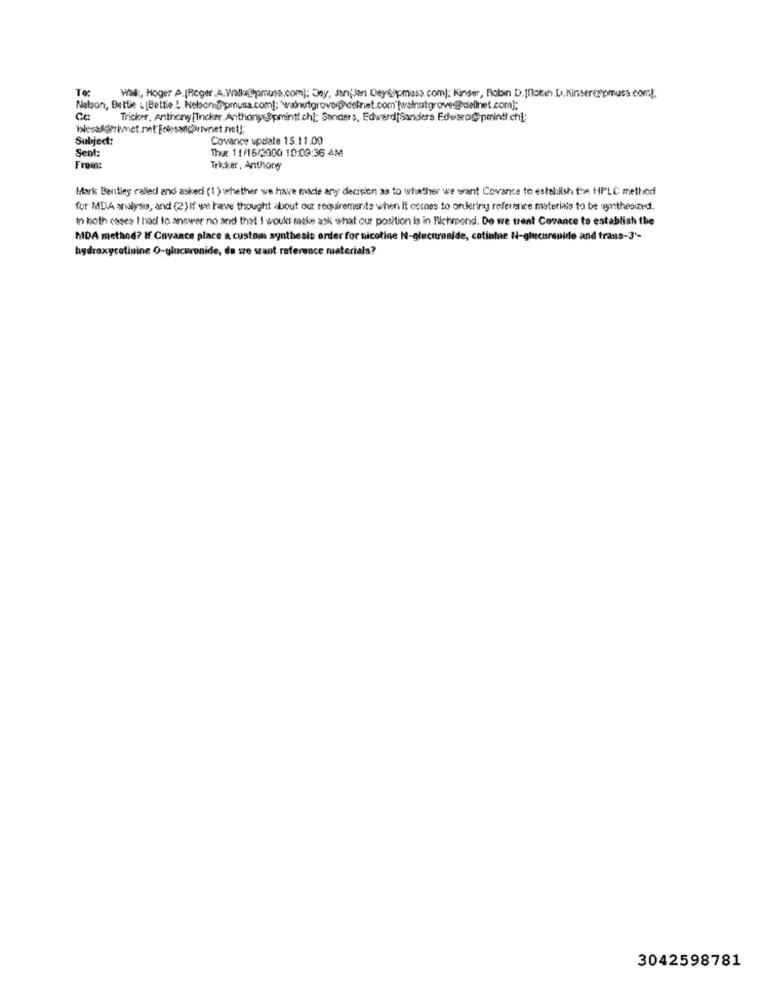
Wak, Hoger A.(Rieger.A.Welke@pmuss.com); Day, Jan(Jan.Deyipmasa.com); Kinser, Robin D.[token.L.Kinseritomuss.com);
Nelson, Bettie LIBettie.L. Nobond@prusa.com]; \walnutgrove@ delnet.com'|walnutgrove@dellnet.com];
Ce
Tricker, Anthony[Tricker Anthonycapmintl ch]; Sanders, Edward(Sanders, Edward@printf.ch];
Subject:
Covance update 15.11.00
Sent:
Thx 11/16/2000 10:09:36 AM
From:
Tricker, Anthony
Hark Bentley called and askedi (1 ) whether we have made any decision as to whather we want Covance to estalish the HPLC method
for MOSA analysis, and (2) if we have thought about our requirements when it comes to ordering reference materiais to be synthesized.
In both cases I had to answer no and that I would melee ask what our position Is in Richmond. Do we treat Covance to establish the
MDA method? If Cavance place a custom synthesis order for nicotine N-glucuronide, catinine N-glucuronide and trans-3-
hydroxycotinine O-glucuronide, da sze sant reference materials?
3042598781